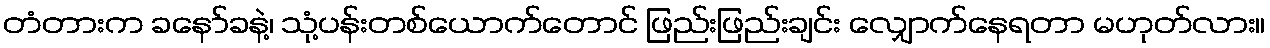
တံတားက ခနော်ခနဲ့၊ သုံ့ပန်းတစ်ယောက်တောင် ဖြည်းဖြည်းချင်း လျှောက်နေရတာ မဟုတ်လား။